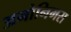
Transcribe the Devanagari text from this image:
अनोनिमस